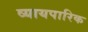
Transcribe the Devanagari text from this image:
व्यायपारिक